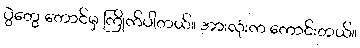
ပွဲတွေ တောင်မှ ကြိုက်ပါတယ်။ အားလုံးက ကောင်းတယ်။